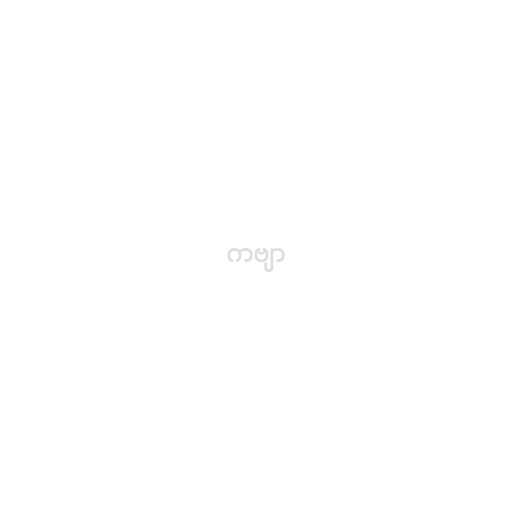
ကဗျာ